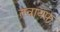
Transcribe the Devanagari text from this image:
त़वायफ़